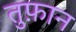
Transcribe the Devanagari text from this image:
तुफ़ान